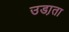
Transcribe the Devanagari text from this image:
उडा़ता